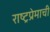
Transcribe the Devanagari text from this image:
राष्ट्रप्रेमाची